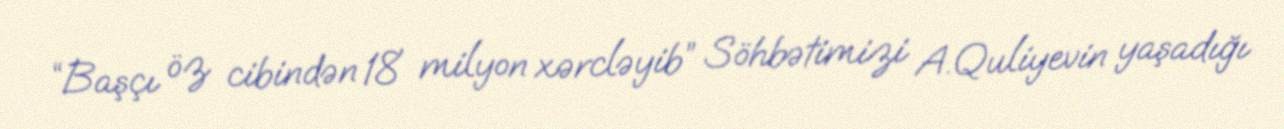
“Başçı öz cibindən 18 milyon xərcləyib” Söhbətimizi A.Quliyevin yaşadığı